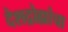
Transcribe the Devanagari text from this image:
देशद्रोह्यांचा